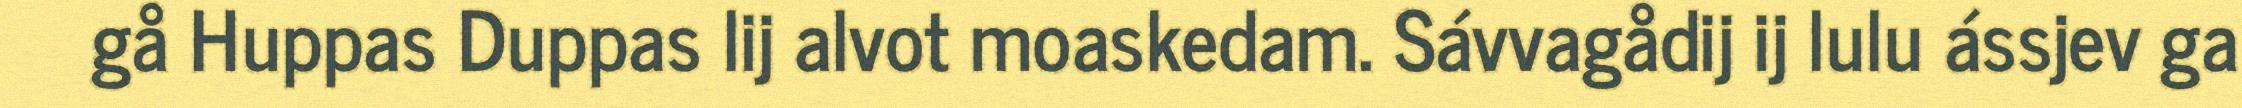
gå Huppas Duppas lij alvot moaskedam. Sávvagådij ij lulu ássjev ga